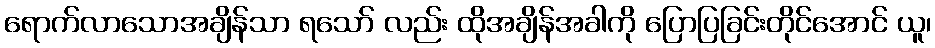
ရောက်လာသောအချိန်သာ ရသော် လည်း ထိုအချိန်အခါကို ပြောပြခြင်းတိုင်အောင် ယူ၊